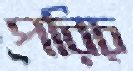
পরিচ্